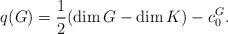
LaTeX: \begin{align*} q(G)=\frac{1}{2} (\dim G-\dim K)-c_0^ G.\end{align*}